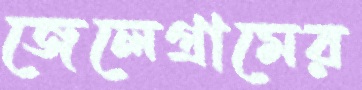
জেলেগ্রামের